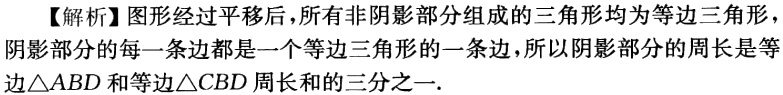
【解析】图形经过平移后，所有非阴影部分组成的三角形均为等边三角形，阴影部分的每一条边都是一个等边三角形的一条边，所以阴影部分的周长是等边$\triangle ABD$和等边$\triangle CBD$周长和的三分之一.